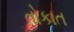
તોકાત